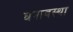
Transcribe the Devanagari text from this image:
घनावस्था